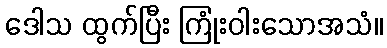
ဒေါသ ထွက်ပြီး ကြုံးဝါးသောအသံ။